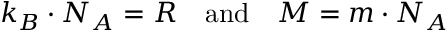
\quad k _ { B } \cdot N _ { A } = R \quad { \mathrm { a n d } } \quad M = m \cdot N _ { A }